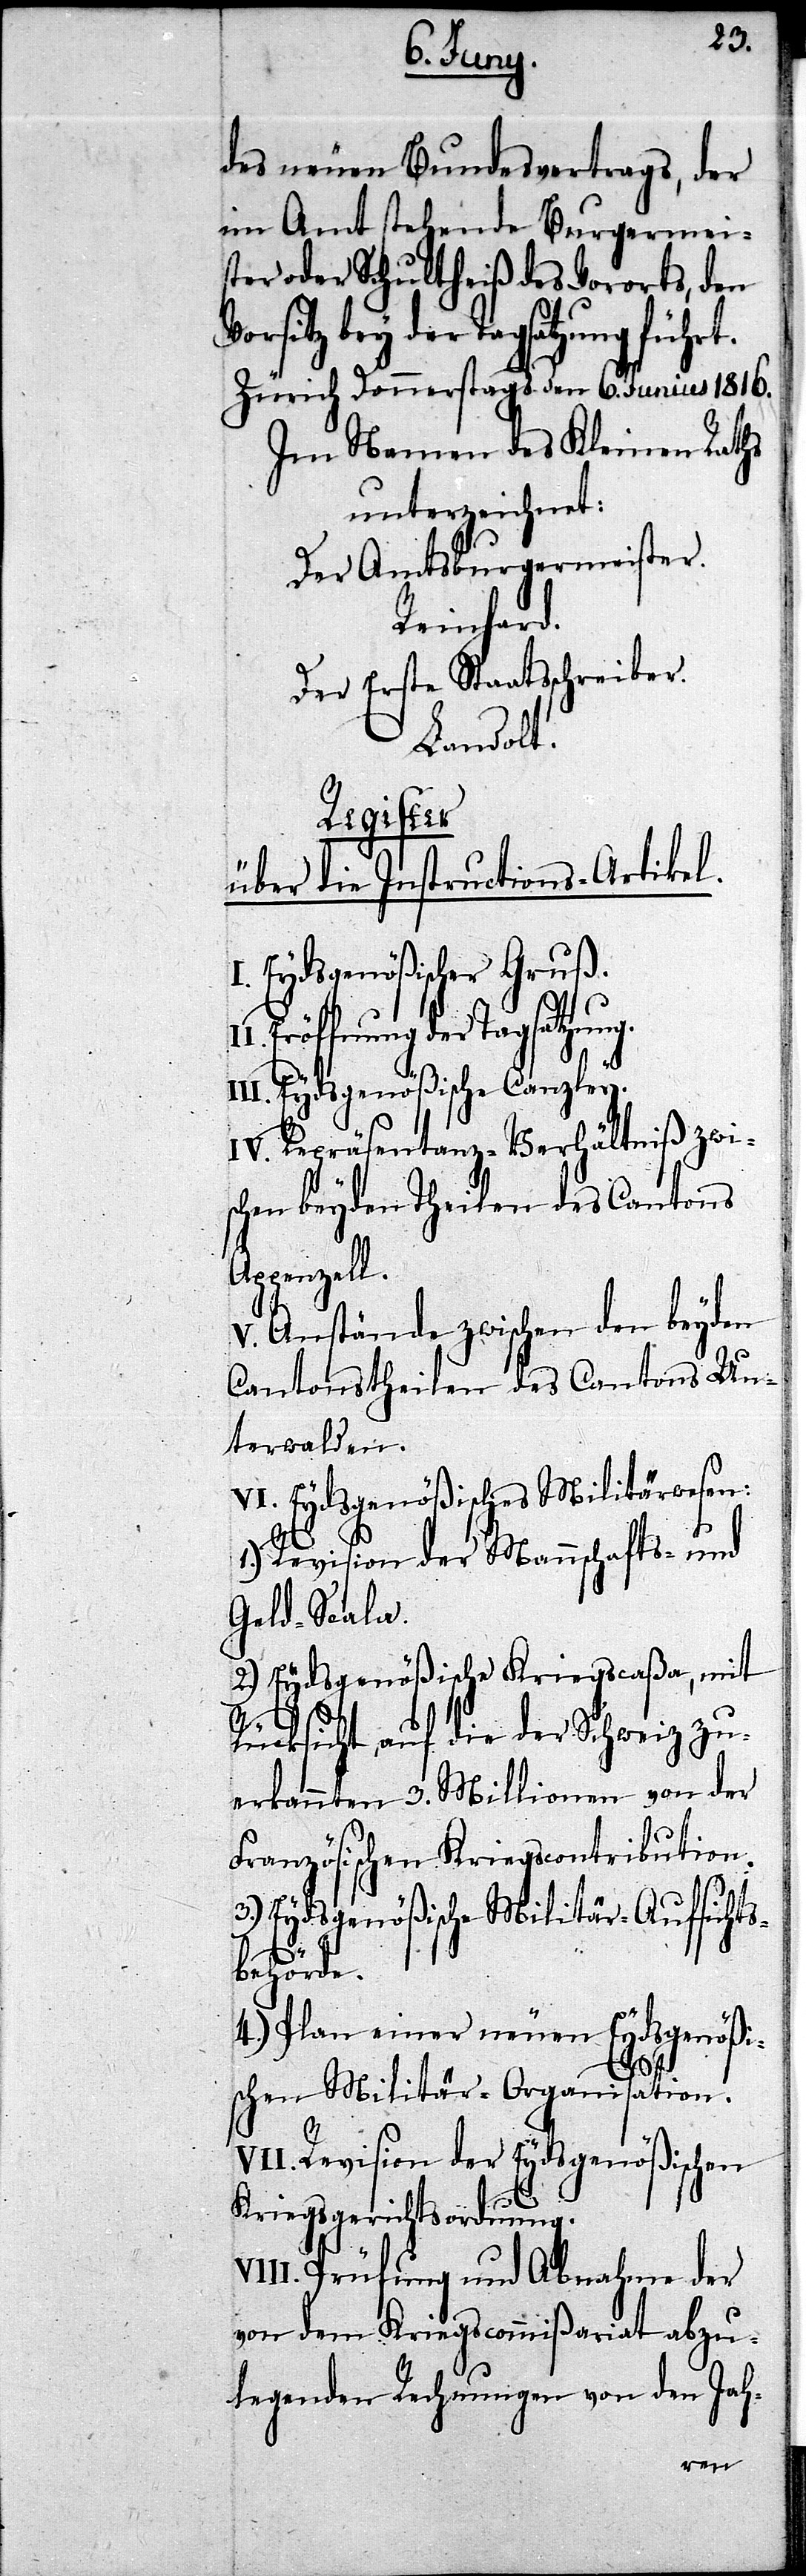
des neuen Bundesvertrages, der
im Amt stehende Burgermei¬
ster oder Schultheiß des Vororts, den
bey der Tagsatzung führt.
Zürich Donnerstags den 6. Junius 1816.
Im Namen des Kleinen Raths
unterzeichnet:
Der Amtsburgermeister.
Reinhard.
Der Erste Staatsschreiber.
Landolt.
Register
über die Instructions-Artikel.
Eydsgenößischer Gruß.
Eröffnung der Tag¬
II. Eydsgenößische Canzley.
IV. Repräsentanz-Verhältniß zwi¬
schen beyden Theilen des Cantons
penzell.
V. Anstände zwischen den beyden
Cantonstheilen des Cantons Un¬
terwalden.
VI. Eydsgenößisches Militärwesen:
1.) Revision der Mannschafts- und
Geld-Scala.
2.) Eydsgenößische Kriegscaßa, mit
Rücksicht auf die der Schweiz zu¬
Französischen Kriegscontribution.
3.) Eydsgenößische Militär-Aufsicht¬
s-Behörde.
4.) Plan einer neuen Eydsgnößi¬
schen Militär-Organisation.
VII. Revision der Eydsgenößischen
V¬
Kriegsgerichtsordnung.
III. Prüfung und Abnahme der
von dem Kriegscommißariat abzu¬
legenden Rechnungen von den Jah-
von